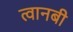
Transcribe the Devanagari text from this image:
त्वानबी